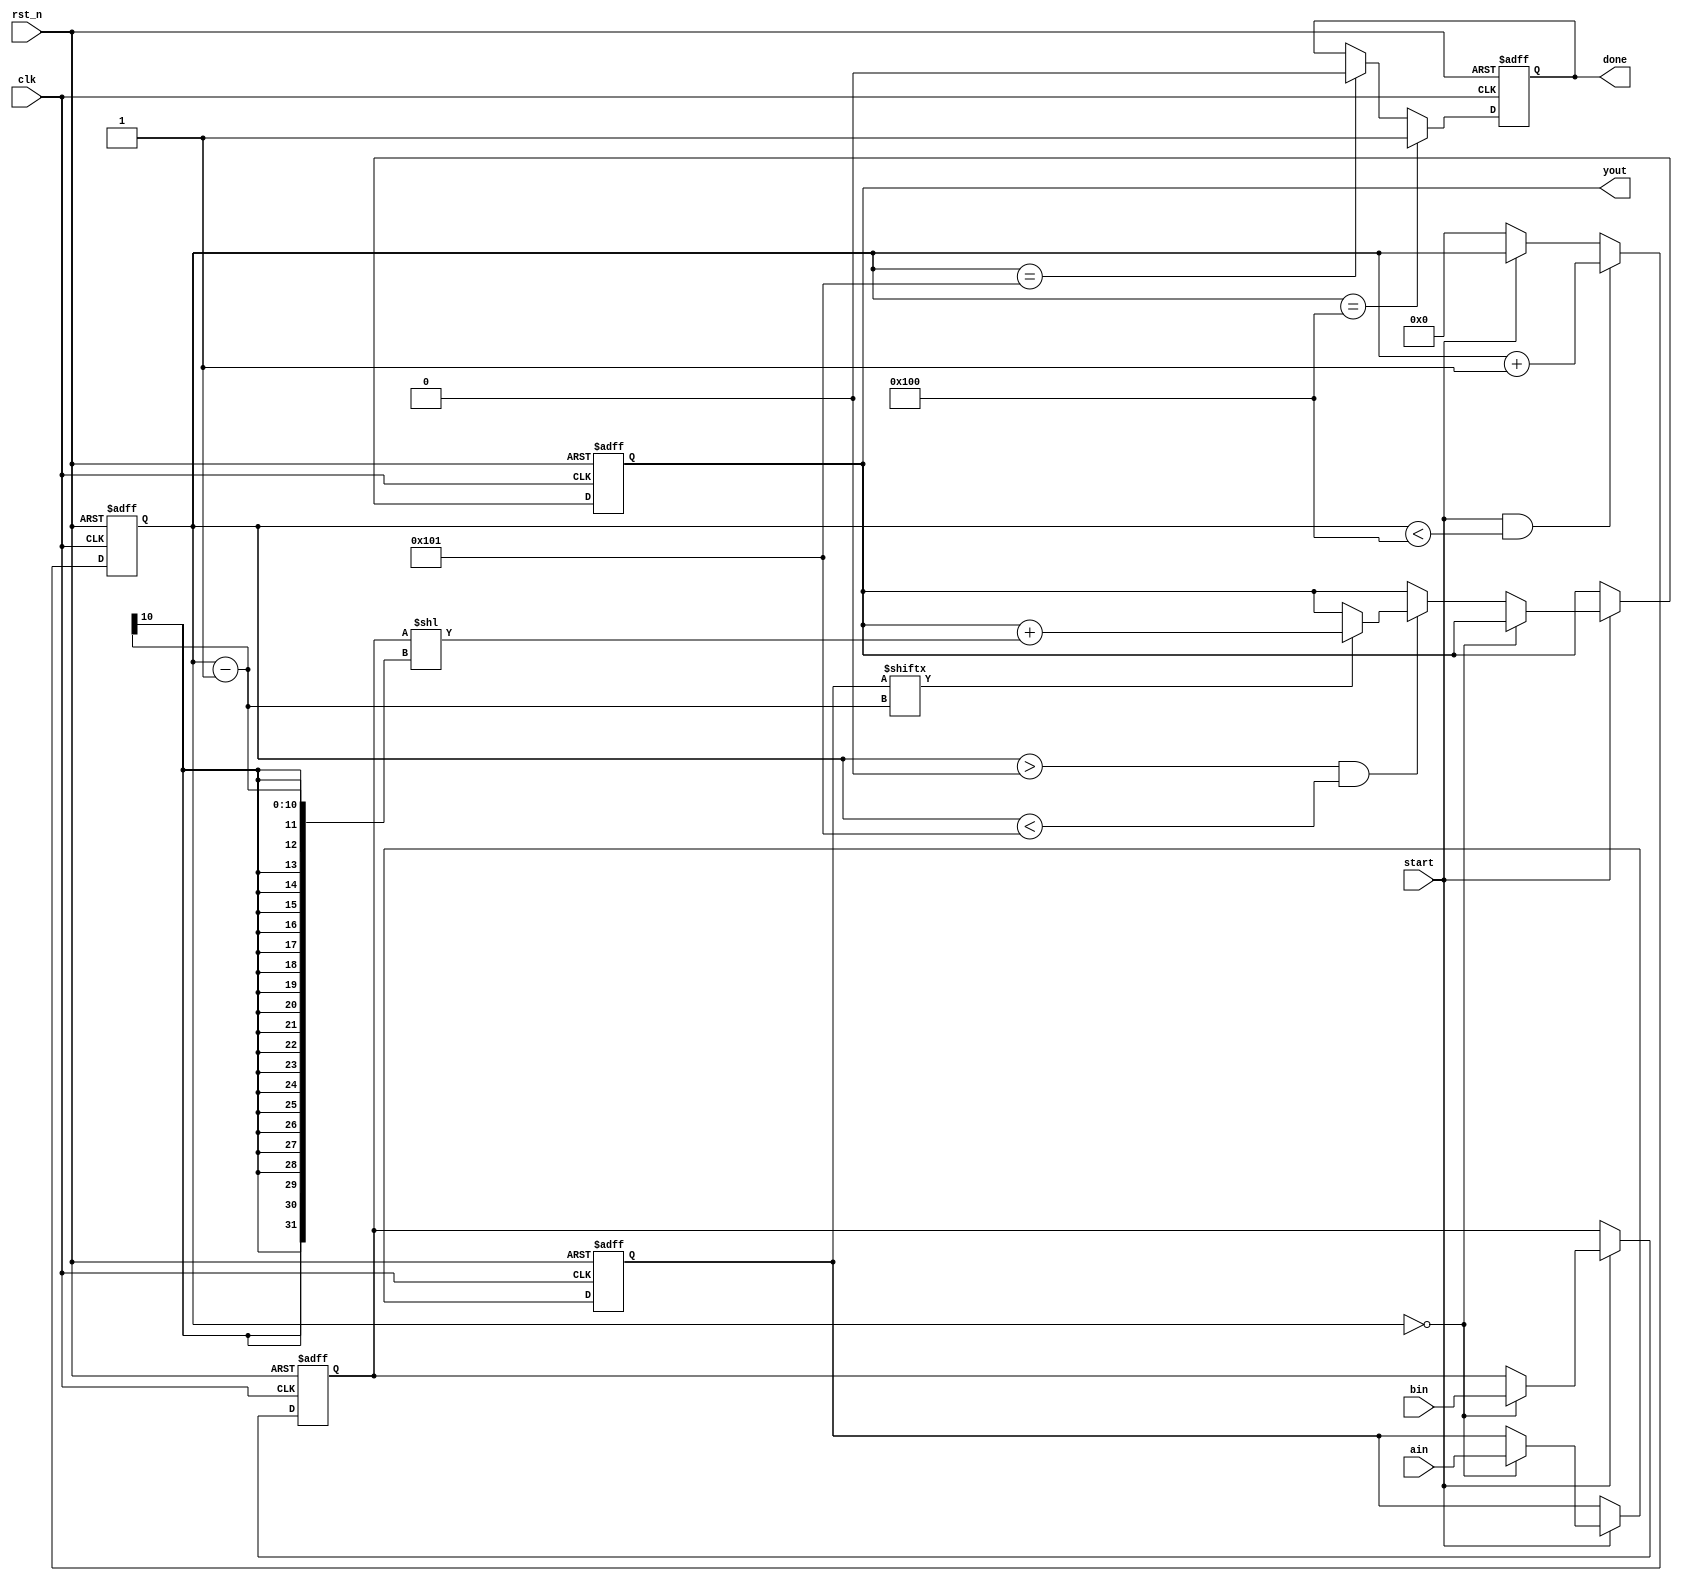
module mux256(
            clk,rst_n,
            start,ain,bin,yout,done
        );
        
input clk;        //
input rst_n;    //
input start;     //1
input[255:0] ain;    //a16
input[255:0] bin;    //b16
output[511:0] yout;    //32
output done;        //

reg[255:0] areg;    
reg[255:0] breg;   
reg[511:0] yout_r;    
reg done_r;
reg[9:0] i;        //


//------------------------------------------------
//
always @(posedge clk or negedge rst_n)
    if(!rst_n) i <= 9'd0;
    else if(start && i < 9'd256) i <= i+1'b1; 
    else if(!start) i <= 9'd0;

//------------------------------------------------
//
always @(posedge clk or negedge rst_n)
    if(!rst_n) done_r <= 1'b0;
    else if(i == 9'd256) done_r <= 1'b1;        
    else if(i == 9'd257) done_r <= 1'b0;        

assign done = done_r;

//------------------------------------------------
//
always @(posedge clk or negedge rst_n) begin
    if(!rst_n) begin 
            areg <= 256'h0000_0000_0000_0000_0000_0000_0000_0000_0000_0000_0000_0000_0000_0000_0000_0000;
            breg <= 256'h0000_0000_0000_0000_0000_0000_0000_0000_0000_0000_0000_0000_0000_0000_0000_0000;
            yout_r <= 512'h0000_0000_0000_0000_0000_0000_0000_0000_0000_0000_0000_0000_0000_0000_0000_0000_0000_0000_0000_0000_0000_0000_0000_0000_0000_0000_0000_0000_0000_0000_0000_0000;
        end
    else if(start) begin        
            if(i == 9'd0) begin    
                    areg <= ain;
                    breg <= bin;
                end
            else if(i > 9'd0 && i < 9'd257) begin
                    if(areg[i-1]) yout_r = yout_r + ({256'h0000_0000_0000_0000_0000_0000_0000_0000_0000_0000_0000_0000_0000_0000_0000_0000,breg}<<(i-1));    //?????
                    
                end
          
        end
end

assign yout = yout_r;

endmodule